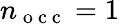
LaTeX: n_{\mathrm{~o~c~c~}}=1